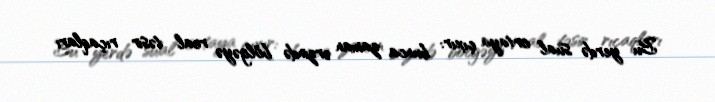
Bu yerdə sual ortaya çıxır: bunca zaman ərzində bölgəyə real təsir rıçaqları